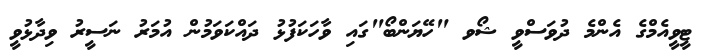
ޓީވީއެމްގެ އެންމެ ދުވަސްވީ ޝޯވ "ހޭޔަންބޯ"ގައި ވާހަކަފުޅު ދައްކަވަމުން އުމަރު ނަސީރު ވިދާޅުވީ